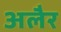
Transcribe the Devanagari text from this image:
अलैर